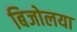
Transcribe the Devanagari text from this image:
बिजोलया